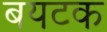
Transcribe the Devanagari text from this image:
बयटक